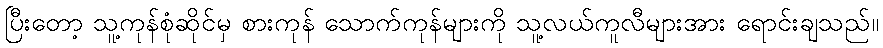
ပြီးတော့ သူ့ကုန်စုံဆိုင်မှ စားကုန် သောက်ကုန်များကို သူ့လယ်ကူလီများအား ရောင်းချသည်။